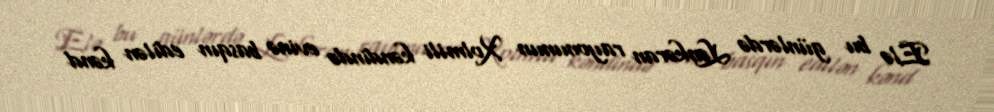
Elə bu günlərdə Lənkəran rayonunun Xolmili kəndində evinə basqın edilən kənd